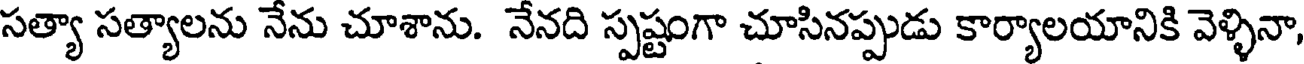
సత్యా సత్యాలను నేను చూశాను. నేనది స్పష్టంగా చూసినప్పుడు కార్యాలయానికి వెళ్ళినా